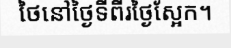
ថៃនៅថ្ងៃទីពីរថ្ងៃស្អែក។